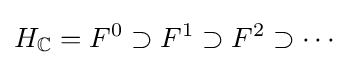
H_{\mathbb {C} }=F^{0}\supset F^{1}\supset F^{2}\supset \cdots